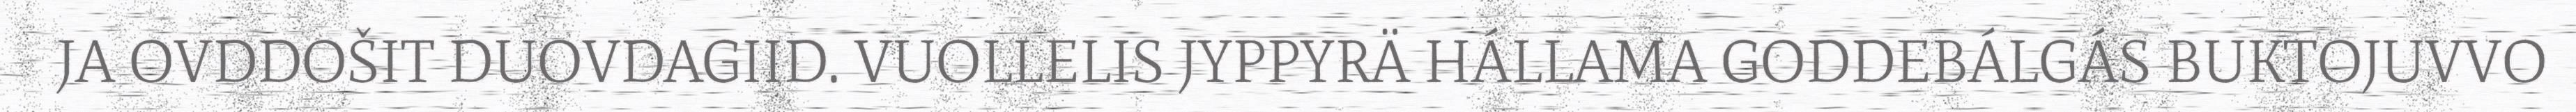
JA OVDDOŠIT DUOVDAGIID. VUOLLELIS JYPPYRÄ HÁLLAMA GODDEBÁLGÁS BUKTOJUVVO